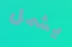
يشمل